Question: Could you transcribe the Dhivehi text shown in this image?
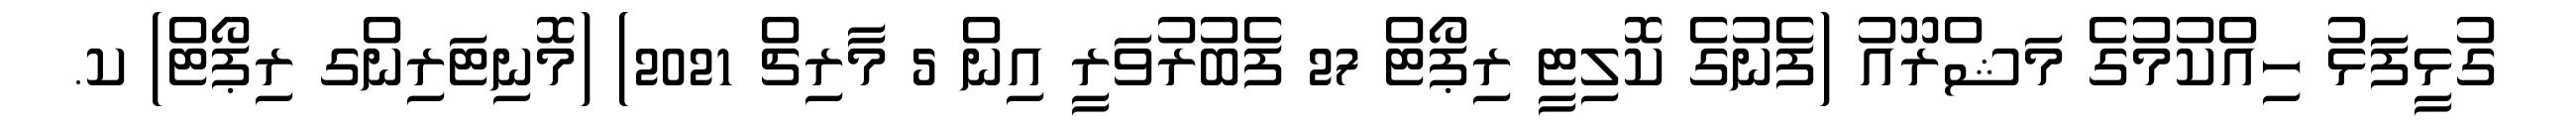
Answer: ގުޅީފަޅު ހިއްކުމުގެ މަޝްރޫއު (ފެނުގެ ކޮލިޓީ ރިޕޯޓް 27 ފެބުރުވަރީ އިން 5 މާރިޗް 2021) (މޮނިޓަރިންގ ރިޕޯޓް) ކ.